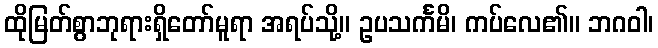
ထိုမြတ်စွာဘုရားရှိတော်မူရာ အရပ်သို့။ ဥပသင်္ကမိ၊ ကပ်လေ၏။ ဘဂဝါ၊